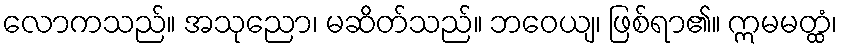
လောကသည်။ အသုညော၊ မဆိတ်သည်။ ဘဝေယျ၊ ဖြစ်ရာ၏။ ဣမမတ္ထံ၊